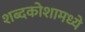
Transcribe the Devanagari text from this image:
शब्दकोशामध्ये